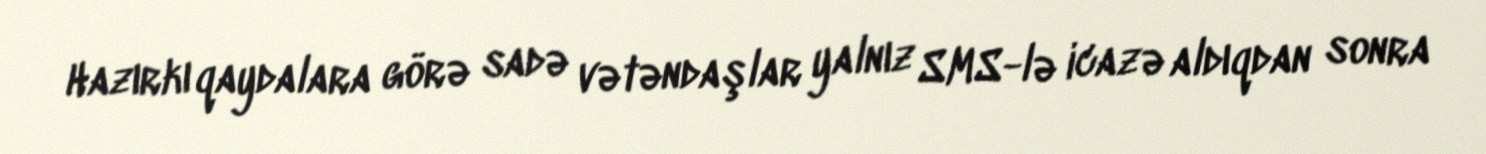
Hazırkı qaydalara görə sadə vətəndaşlar yalnız SMS-lə icazə aldıqdan sonra